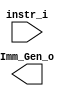
/***************************************************
Student Name:
Student ID: Lab4_release
***************************************************/

   `timescale 1ns/1ps

   module Imm_Gen(
       input  [31:0] instr_i,
       output reg[31:0] Imm_Gen_o
   );

   //Internal Signals
   wire    [7-1:0] opcode;
   wire    [2:0]   func3;
   wire    [3-1:0] Instr_field;

   assign opcode = instr_i[6:0];
   assign func3  = instr_i[14:12];

   /* Write your code HERE */

   endmodule